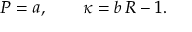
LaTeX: P = a , \qquad \kappa = b \, R - 1 .